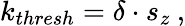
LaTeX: k_{thresh}=\delta\cdot s_{z}\: ,